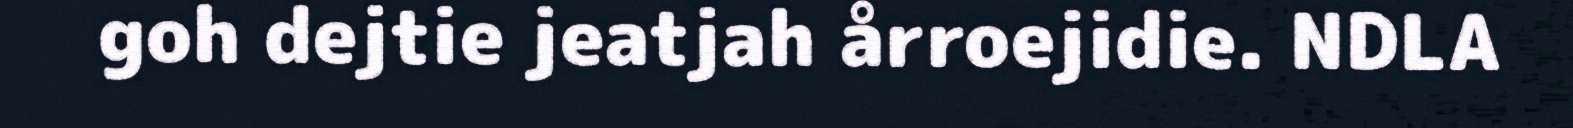
goh dejtie jeatjah årroejidie. NDLA